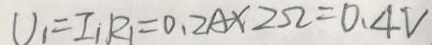
U _ { 1 } = I _ { 1 } R _ { 1 } = 0 . 2 A \times 2 \Omega = 0 . 4 V